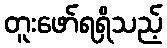
တူးဖော်ရရှိသည့်